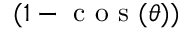
( 1 - \textrm { c o s } ( \theta ) )